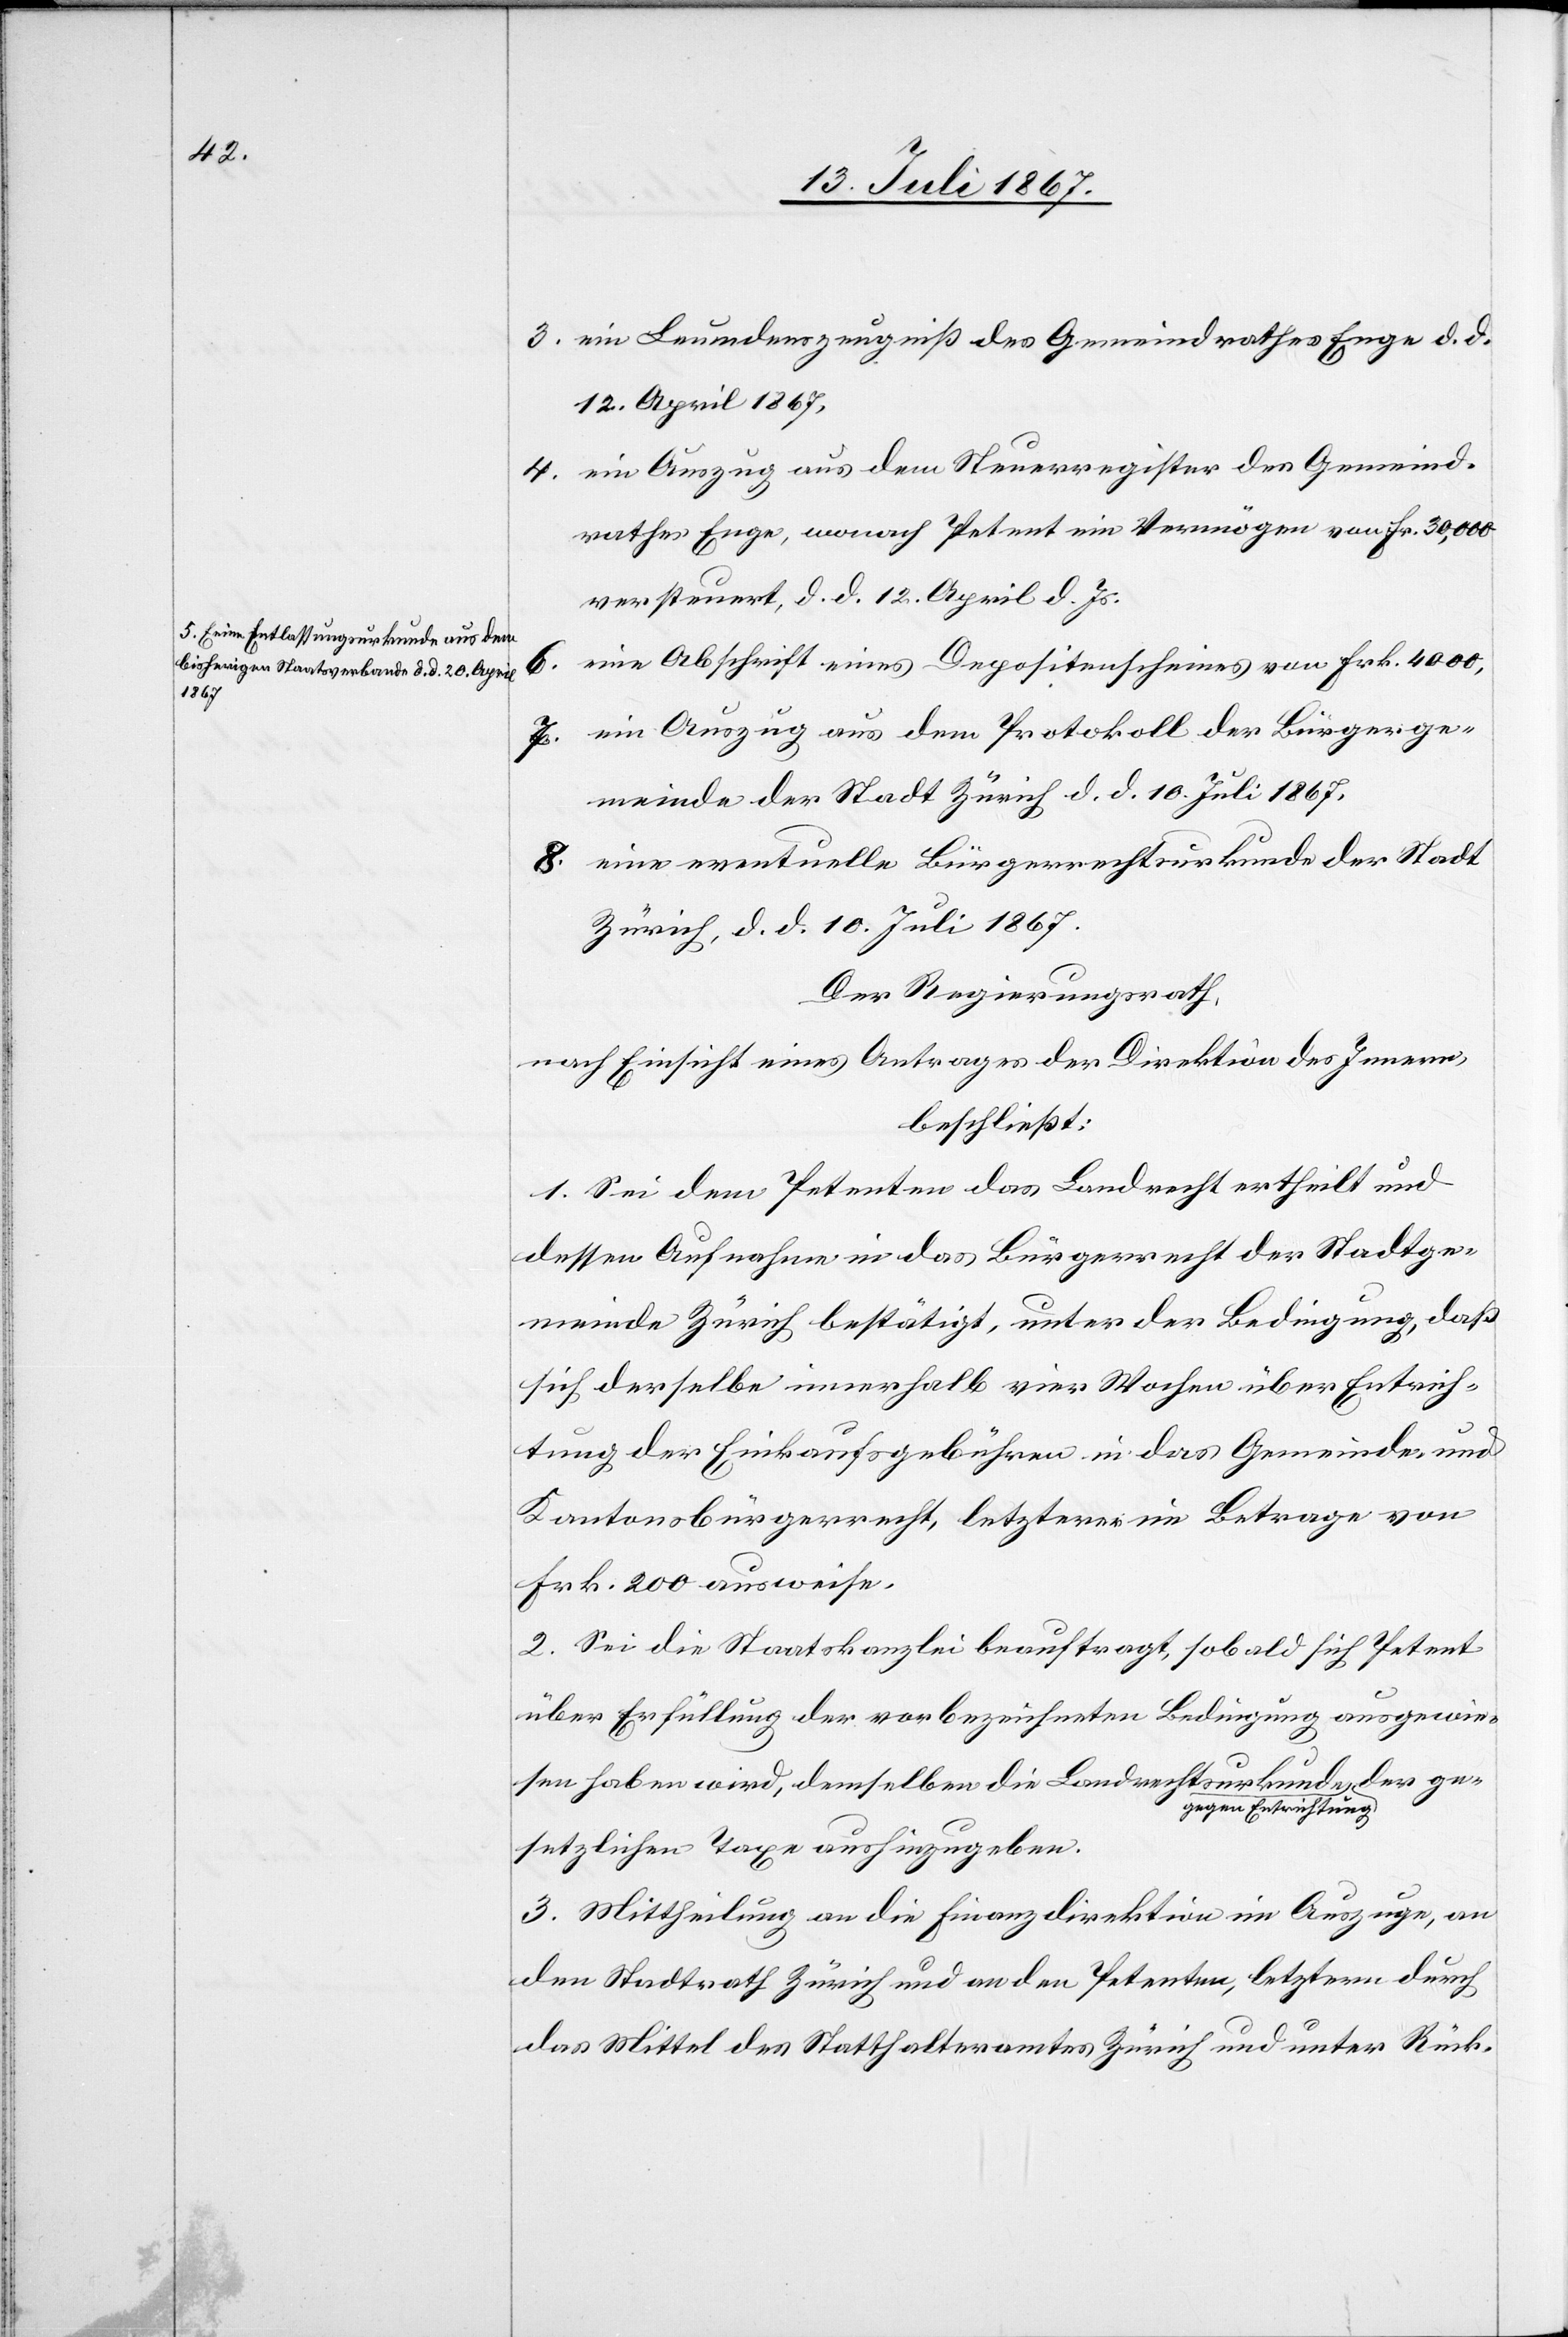
5. Eine Entlassungsurkunde aus dem
bisherigen Staatsverbande d. d. 20. April
1867.

3. ein Leumdenszeugniß des Gemeindrathes Enge d. d.
12. April 1867,
4. ein Auszug aus dem Steuerregister des Gemeind¬
rathes Enge, wonach Petent ein Vermögen von Fr. 30 000
versteuert, d. d. 12. April d. Js.
eine Abschrift eines Depositenscheines von Frk. 4000,
7. ein Auszug aus dem Protokoll der Bürgerge¬
meinde der Stadt Zürich d. d. 10. Juli 1867.
8. eine eventuelle Bürgerrechtsurkunde der Stadt
Zürich, d. d. 10. Juli 1867.
Der Regierungsrath,
nach Einsicht eines Antrages der Direktion der Justiz,
beschließt:
1. Sei dem Petenten das Landrecht ertheilt und
dessen Aufnahme in das Bürgerrecht der Stadtge¬
meinde Zürich bestätigt, unter der Bedingung, daß
sich derselbe innerhalb vier Wochen über Entrich¬
tung der Einkaufsgebühren in das Gemeinde- und
Kantonsbürgerrecht, letzterer im Betrage von
Frk. 200 ausweise.
2. Sei die Staatskanzlei beauftragt, sobald sich Petent
über Erfüllung der vorbezeichneten Bedingung ausgewie¬
6.
sen haben wird, demselben die Landrechtsurkunde g¬
egen Entrichtung
gesetzlichen Taxe aushinzugeben.
3. Mittheilung an die Finanzdirektion im Auszuge, an
den Stadtrath Zürich und an den Petenten, letztern durch
das Mittel des Statthalteramtes Zürich und unter Rück-